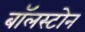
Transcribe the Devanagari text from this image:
बॉलस्टोन